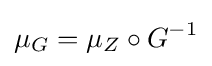
\mu _{G}=\mu _{Z}\circ G^{-1}